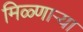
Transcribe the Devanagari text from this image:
मिळ्णाऱ्या